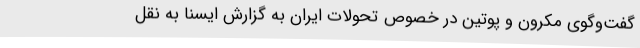
گفت‌وگوی مکرون و پوتین در خصوص تحولات ایران به گزارش ایسنا به نقل